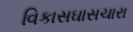
વિકાસઘાસચારા